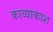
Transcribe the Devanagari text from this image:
काव्याकाश